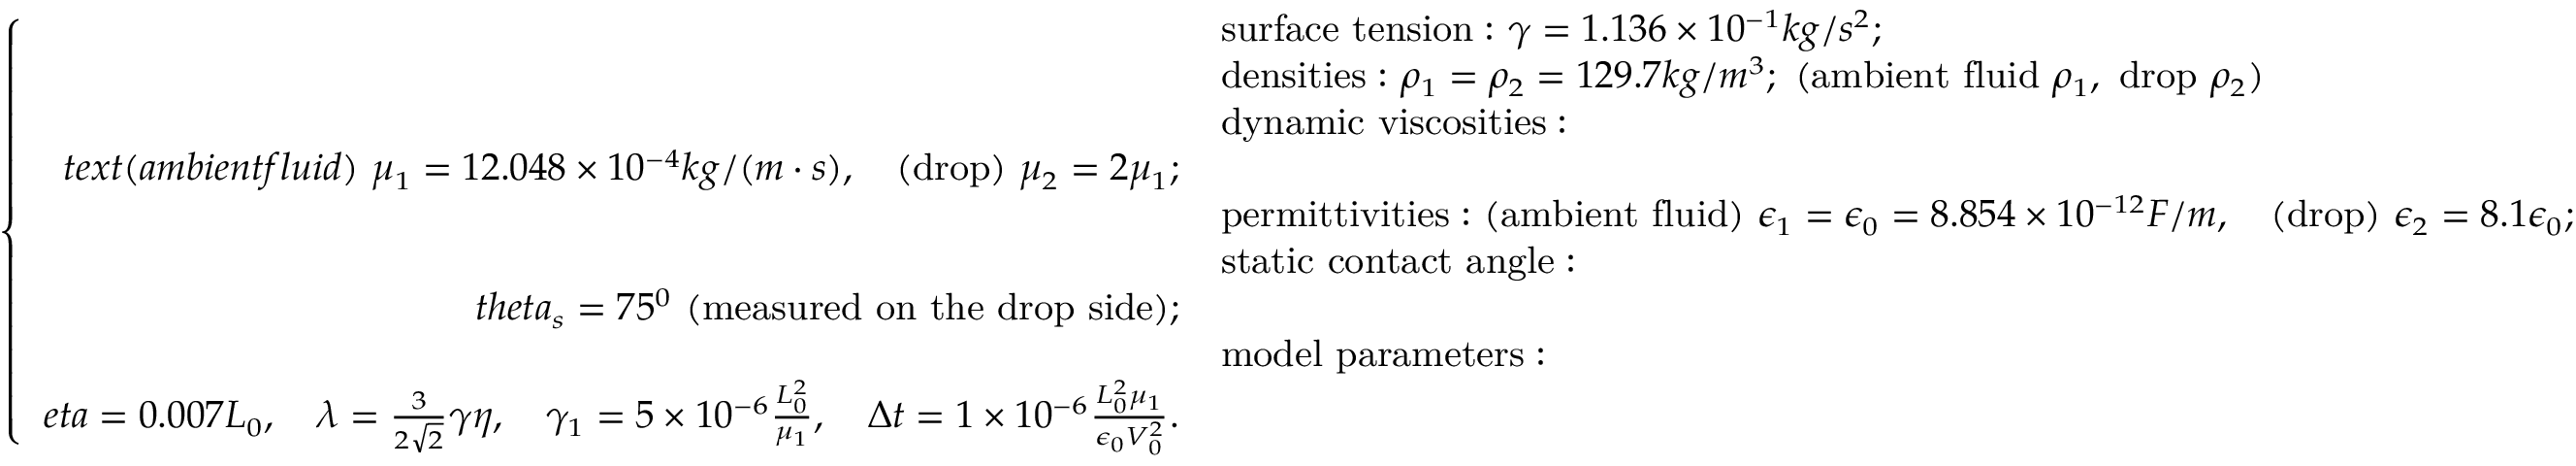
\small \left\{ \begin{array} { r l } & { \mathrm { s u r f a c e ~ t e n s i o n : } \ \gamma = 1 . 1 3 6 \times 1 0 ^ { - 1 } k g / s ^ { 2 } ; } \\ & { \mathrm { d e n s i t i e s : } \ \rho _ { 1 } = \rho _ { 2 } = 1 2 9 . 7 k g / m ^ { 3 } ; \ ( \mathrm { a m b i e n t ~ f l u i d } \ \rho _ { 1 } , \ \mathrm { d r o p } \ \rho _ { 2 } ) } \\ & { \mathrm { d y n a m i c ~ v i s c o s i t i e s : } } \\ { t e x t { ( a m b i e n t f l u i d ) } \ \mu _ { 1 } = 1 2 . 0 4 8 \times 1 0 ^ { - 4 } k g / ( m \cdot s ) , \quad \mathrm { ( d r o p ) } \ \mu _ { 2 } = 2 \mu _ { 1 } ; } \\ & { \mathrm { p e r m i t t i v i t i e s : } \ \mathrm { ( a m b i e n t ~ f l u i d ) } \ \epsilon _ { 1 } = \epsilon _ { 0 } = 8 . 8 5 4 \times 1 0 ^ { - 1 2 } F / m , \quad \mathrm { ( d r o p ) } \ \epsilon _ { 2 } = 8 . 1 \epsilon _ { 0 } ; } \\ & { \mathrm { s t a t i c ~ c o n t a c t ~ a n g l e : } } \\ { t h e t a _ { s } = 7 5 ^ { 0 } \ \mathrm { ( m e a s u r e d ~ o n ~ t h e ~ d r o p ~ s i d e ) } ; } \\ & { \mathrm { m o d e l ~ p a r a m e t e r s : } } \\ { e t a = 0 . 0 0 7 L _ { 0 } , \quad \lambda = \frac { 3 } { 2 \sqrt { 2 } } \gamma \eta , \quad \gamma _ { 1 } = 5 \times 1 0 ^ { - 6 } \frac { L _ { 0 } ^ { 2 } } { \mu _ { 1 } } , \quad \Delta t = 1 \times 1 0 ^ { - 6 } \frac { L _ { 0 } ^ { 2 } \mu _ { 1 } } { \epsilon _ { 0 } V _ { 0 } ^ { 2 } } . } \end{array} \right.